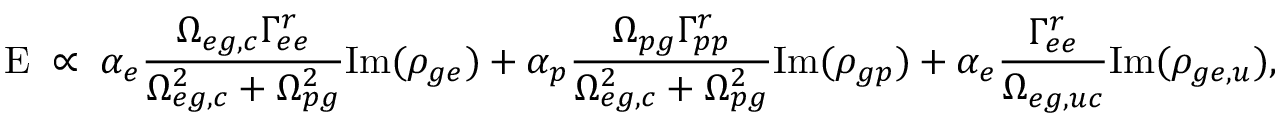
\mathrm { E } \; \propto \; \alpha _ { e } \frac { \Omega _ { e g , c } \Gamma _ { e e } ^ { r } } { \Omega _ { e g , c } ^ { 2 } + \Omega _ { p g } ^ { 2 } } \mathrm { I m } ( \rho _ { g e } ) + \alpha _ { p } \frac { \Omega _ { p g } \Gamma _ { p p } ^ { r } } { \Omega _ { e g , c } ^ { 2 } + \Omega _ { p g } ^ { 2 } } \mathrm { I m } ( \rho _ { g p } ) + \alpha _ { e } \frac { \Gamma _ { e e } ^ { r } } { \Omega _ { e g , u c } } \mathrm { I m } ( \rho _ { g e , u } ) ,